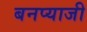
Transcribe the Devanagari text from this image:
बनप्याजी